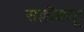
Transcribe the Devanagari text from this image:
सल्लील्लाहू